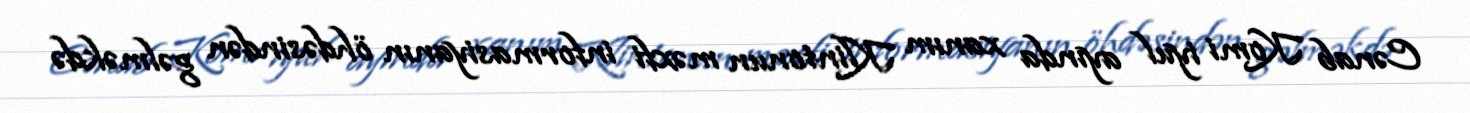
Cənab Komi iyul ayında xanım Klintonun məxfi informasiyanın öhdəsindən gəlməkdə